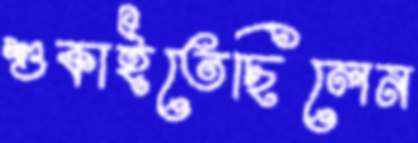
শুকাইতেছিলেন